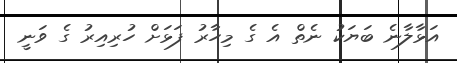
އަޅާލާނެ ބަޔަކު ނެތް އެ ގެ މިހާރު ފަޅަށް ހުރިއިރު ގެ ވަނީ